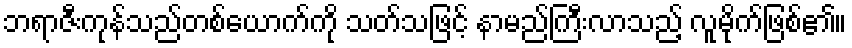
ဘရာဇီးကုန်သည်တစ်ယောက်ကို သတ်သဖြင့် နာမည်ကြီးလာသည့် လူမိုက်ဖြစ်၏။